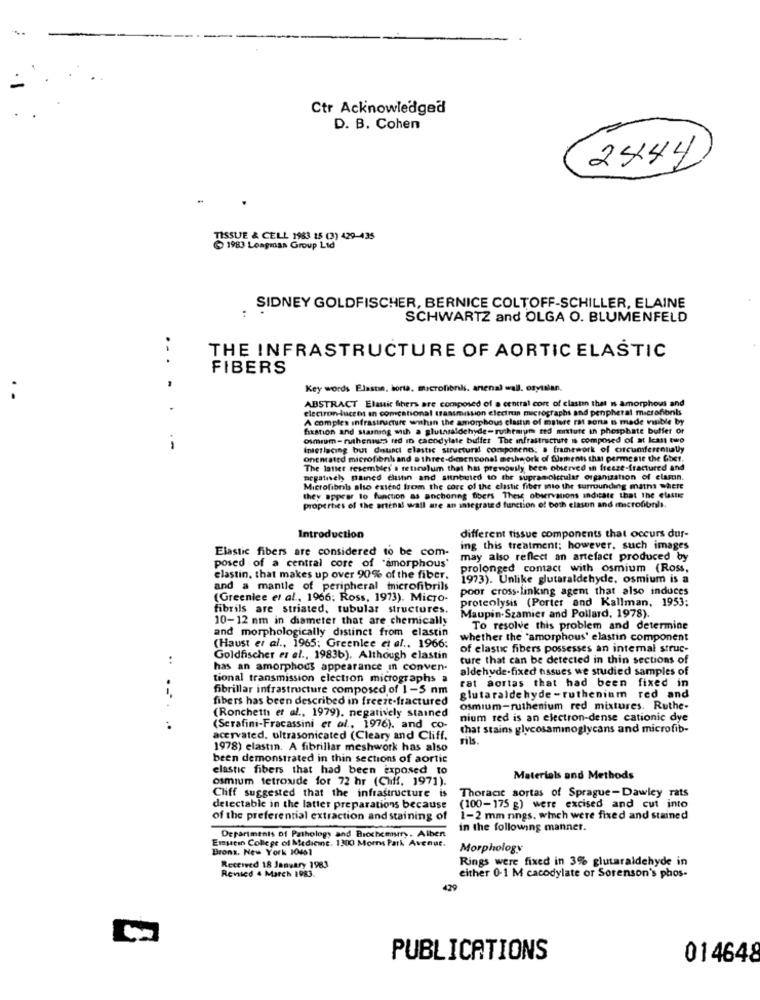
Ctr Acknowledged
D. B. Cohen
2444
TISSUE & CELL 1983 15 (3) 429-435
1983 Longman Group Lid
SIDNEY GOLDFISCHER, BERNICE COLTOFF-SCHILLER, ELAINE
..
SCHWARTZ and OLGA O. BLUMENFELD
THE INFRASTRUCTURE OF AORTIC ELASTIC
FIBERS
Key words Elastin, horta. microfiends, arenal wall. osytalan.
. .
ABSTRACT Elanic Sihers are composed of a central cort of clasun that is amorphous and
electron-lucent an comcational transmission electron micrographs and penpheral microfibnis
A complex infrastructure wwhin the amorphous clastin of mature rat sons s made visible by
fixation and starning sih a slutaraldehyde- ruthenium ted misture in phosphate buffer or
osmrum- ruthenmuss red In cacodylate bifes The infrastructure is composed of at least two
Interlacing but distinct elastic structural composeno: a framework of circumferennally
onemated microfibnbs and a three-dimensional meshwork of Sements that perme ate the Cher.
The latter resembles'a retinalum that has previously been observed in freeze-fractured and
negatively gained elastin and attnbuted to the supramolecular organization of elamin.
Microfibrabs also extend from the core of the clastic fiber mio the surrounding maths where
they appear to function as anchoring fibers These observations indicate that the elastic
properties of the artenal wall are an integrated function of both elason and microfibnls.
Introduction
different tissue components that occurs dur-
Elastic fibers are considered to be com-
ing this treatment; however, such images
may also reflect an artefact produced by
posed of a central core of "amorphous'
prolonged contact with osmium (Ross,
elastin, that makes up over 90% of the fiber.
1973). Unlike glutaraldehyde, osmium is a
and a mantle of peripheral microfibrils
poor cross-linking agent that also induces
(Greenlee et al ., 1966; Ross, 1973). Micro-
fibrils are striated, tubular structures.
proteolysis (Porter and Kallman, 1953:
10-12 mm in diameter that are chemically
Maupin-Szamier and Pollard, 1978).
and morphologically distinct from elastin
To resolve this problem and determine
whether the "amorphous' elastin component
(Haust er al ., 1965; Greenlee et al .. 1966:
of elastic fibers possesses an intemal struc-
:
Goldfischer es el ., 1983b). Although elastin
ture that can be detected in thin sections of
has an amorphous appearance in conven.
aldehyde-fixed nissues we studied samples of
tional transmission electron micrographs a
1.
fibrillar infrastructure composed of 1-5 nm
rat aortas that had been fixed in
fibers has been described in freeze-fractured
glutaraldehyde -ruthenium red and
(Ronchetti et al ., 1979). negatively stained
osmium-ruthenium red mixtures. Ruthe-
nium red is an electron-dense cationic dye
..
(Serafini-Fracassini er al ., 1976). and co-
that stains glycosaminoglycans and microfib-
acervated, ultrasonicated (Cleary and Cliff.
rils.
1978) elastin. A fibrillar meshwork has also
been demonstrated in thin sections of aortic
elastic fibers that had been exposed to
osmium tetroude for 72 hr (Cliff. 1971).
Materials and Methods
Cliff suggested that the infrastructure is
Thoracic sortas of Sprague-Dawley rats
detectable in the latter preparations because
(100-175 g) were excised and cut into
of the preferential extraction and staining of
1-2 mm nings, which were fixed and stained
Departments of Pathology and Biochemistry. Alben
in the following manner.
Emscin College of Medicine. 1300 Morrs Park Avenue.
Bronz, New York 10461
Morphology
Rings were fixed in 3% glutaraldehyde in
Received 18 January 1983
Revised 4 March 1983.
either 0-1 M cacodylate or Sorenson's phos-
479
PUBLICATIONS
014648